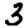
Digit: 3